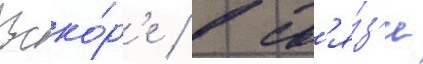
Вско́р'е / в св'я́з'и